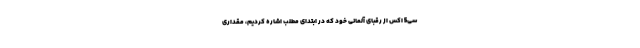
سی5 اکس از رقبای آلمانی خود که در ابتدای مطلب اشاره کردیم، مقداری